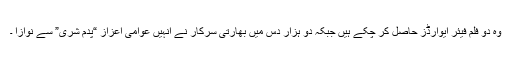
وہ دو فلم فیئر ایوارڈز حاصل کر چکے ہیں جبکہ دو ہزار دس میں بھارتی سرکار نے انہیں عوامی اعزاز “پدم شری” سے نوازا ۔